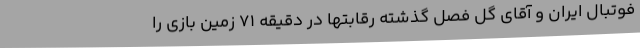
فوتبال ایران و آقای گل فصل گذشته رقابتها در دقیقه 71 زمین بازی را